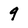
Character: g